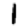
Digit: 1